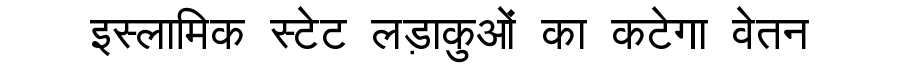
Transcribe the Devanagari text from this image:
इस्लामिक स्टेट लड़ाकुओं का कटेगा वेतन